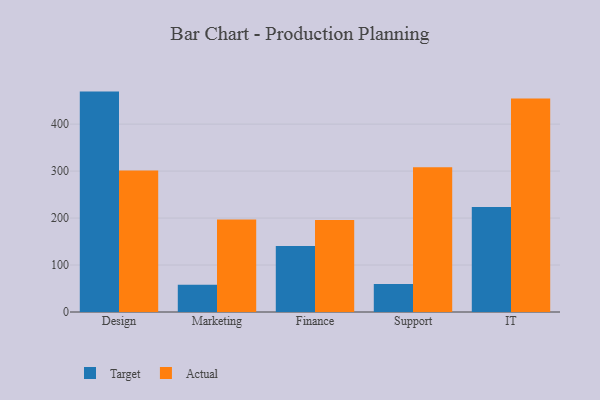
{"axis": {"x": "Department", "y": "Bounce Rate (%)"}, "legend": ["Actual", "Target"], "data": [{"x": "Design", "y": 469.2, "type": "Target"}, {"x": "Design", "y": 301.4, "type": "Actual"}, {"x": "Marketing", "y": 58.0, "type": "Target"}, {"x": "Marketing", "y": 196.7, "type": "Actual"}, {"x": "Finance", "y": 140.3, "type": "Target"}, {"x": "Finance", "y": 196.0, "type": "Actual"}, {"x": "Support", "y": 59.7, "type": "Target"}, {"x": "Support", "y": 308.3, "type": "Actual"}, {"x": "IT", "y": 223.3, "type": "Target"}, {"x": "IT", "y": 454.3, "type": "Actual"}]}